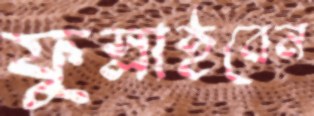
ফুস্‌লাইবেন